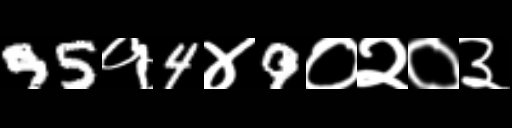
Text: 95१4४9०२०३